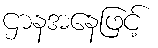
ဌာနအနေဖြင့်